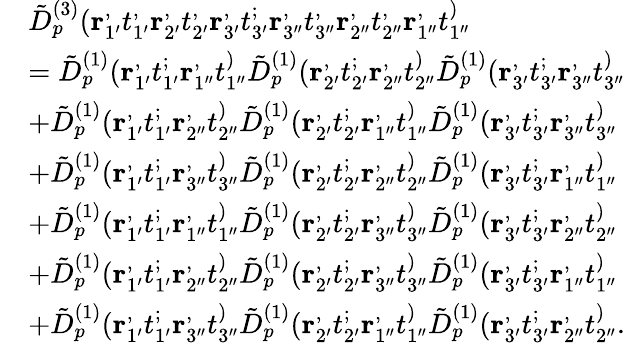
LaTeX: \begin{array}{rl}&{\tilde{D}_{p}^{(3)}(\mathbf{r}_{1^{\prime}}^,t_{1^{\prime}}^,\mathbf{r}_{2^{\prime}}^,t_{2^{\prime}}^,\mathbf{r}_{3^{\prime}}^,t_{3^{\prime}}^;\mathbf{r}_{3^{\prime\prime}}^,t_{3^{\prime\prime}}^,\mathbf{r}_{2^{\prime\prime}}^,t_{2^{\prime\prime}}^,\mathbf{r}_{1^{\prime\prime}}^,t_{1^{\prime\prime}}^)}\\ &{=\tilde{D}_{p}^{(1)}(\mathbf{r}_{1^{\prime}}^,t_{1^{\prime}}^;\mathbf{r}_{1^{\prime\prime}}^,t_{1^{\prime\prime}}^)\tilde{D}_{p}^{(1)}(\mathbf{r}_{2^{\prime}}^,t_{2^{\prime}}^;\mathbf{r}_{2^{\prime\prime}}^,t_{2^{\prime\prime}}^)\tilde{D}_{p}^{(1)}(\mathbf{r}_{3^{\prime}}^,t_{3^{\prime}}^;\mathbf{r}_{3^{\prime\prime}}^,t_{3^{\prime\prime}}^)}\\ &{+\tilde{D}_{p}^{(1)}(\mathbf{r}_{1^{\prime}}^,t_{1^{\prime}}^;\mathbf{r}_{2^{\prime\prime}}^,t_{2^{\prime\prime}}^)\tilde{D}_{p}^{(1)}(\mathbf{r}_{2^{\prime}}^,t_{2^{\prime}}^;\mathbf{r}_{1^{\prime\prime}}^,t_{1^{\prime\prime}}^)\tilde{D}_{p}^{(1)}(\mathbf{r}_{3^{\prime}}^,t_{3^{\prime}}^;\mathbf{r}_{3^{\prime\prime}}^,t_{3^{\prime\prime}}^)}\\ &{+\tilde{D}_{p}^{(1)}(\mathbf{r}_{1^{\prime}}^,t_{1^{\prime}}^;\mathbf{r}_{3^{\prime\prime}}^,t_{3^{\prime\prime}}^)\tilde{D}_{p}^{(1)}(\mathbf{r}_{2^{\prime}}^,t_{2^{\prime}}^;\mathbf{r}_{2^{\prime\prime}}^,t_{2^{\prime\prime}}^)\tilde{D}_{p}^{(1)}(\mathbf{r}_{3^{\prime}}^,t_{3^{\prime}}^;\mathbf{r}_{1^{\prime\prime}}^,t_{1^{\prime\prime}}^)}\\ &{+\tilde{D}_{p}^{(1)}(\mathbf{r}_{1^{\prime}}^,t_{1^{\prime}}^;\mathbf{r}_{1^{\prime\prime}}^,t_{1^{\prime\prime}}^)\tilde{D}_{p}^{(1)}(\mathbf{r}_{2^{\prime}}^,t_{2^{\prime}}^;\mathbf{r}_{3^{\prime\prime}}^,t_{3^{\prime\prime}}^)\tilde{D}_{p}^{(1)}(\mathbf{r}_{3^{\prime}}^,t_{3^{\prime}}^;\mathbf{r}_{2^{\prime\prime}}^,t_{2^{\prime\prime}}^)}\\ &{+\tilde{D}_{p}^{(1)}(\mathbf{r}_{1^{\prime}}^,t_{1^{\prime}}^;\mathbf{r}_{2^{\prime\prime}}^,t_{2^{\prime\prime}}^)\tilde{D}_{p}^{(1)}(\mathbf{r}_{2^{\prime}}^,t_{2^{\prime}}^;\mathbf{r}_{3^{\prime\prime}}^,t_{3^{\prime\prime}}^)\tilde{D}_{p}^{(1)}(\mathbf{r}_{3^{\prime}}^,t_{3^{\prime}}^;\mathbf{r}_{1^{\prime\prime}}^,t_{1^{\prime\prime}}^)}\\ &{+\tilde{D}_{p}^{(1)}(\mathbf{r}_{1^{\prime}}^,t_{1^{\prime}}^;\mathbf{r}_{3^{\prime\prime}}^,t_{3^{\prime\prime}}^)\tilde{D}_{p}^{(1)}(\mathbf{r}_{2^{\prime}}^,t_{2^{\prime}}^;\mathbf{r}_{1^{\prime\prime}}^,t_{1^{\prime\prime}}^)\tilde{D}_{p}^{(1)}(\mathbf{r}_{3^{\prime}}^,t_{3^{\prime}}^;\mathbf{r}_{2^{\prime\prime}}^,t_{2^{\prime\prime}}^).}\end{array}